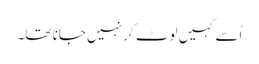
اُسے کہیں لوٹ کر نہیں جانا تھا۔